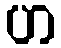
ဟ